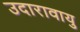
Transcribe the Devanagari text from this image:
उदारावायु